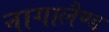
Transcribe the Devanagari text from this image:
नागालैण्‍ड